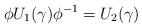
LaTeX: \begin{align*}\phi U_1(\gamma) \phi^{-1} =U_2(\gamma) \end{align*}